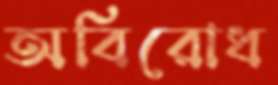
অবিরোধ